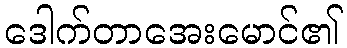
ဒေါက်တာအေးမောင်၏